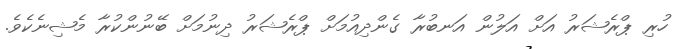
ހުރި ޕްރެޝަރު އަށް އަލުން އަނބުރާ ގެންދިއުމަށް ޕްރެޝަރު ދިނުމަށް ބޭނުންކުރާ މެޝިނެކެވެ.